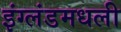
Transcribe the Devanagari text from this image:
इंग्लंडमधली